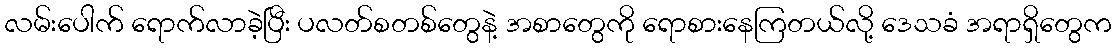
လမ်းပေါက် ရောက်လာခဲ့ပြီး ပလတ်စတစ်တွေနဲ့ အစာတွေကို ရောစားနေကြတယ်လို့ ဒေသခံ အရာရှိတွေက